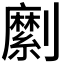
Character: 𠠣